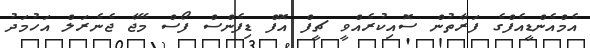
އެމްއެންޑީއެފްގެ ފަރާތުން ސޮއިކުރެއްވީ ޗީފް އޮފް ޑިފެންސް ފޯސް މޭޖާ ޖެނެރަލް އަހުމަދު